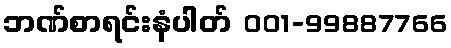
ဘဏ်စာရင်းနံပါတ် 001-99887766